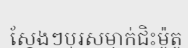
ស្តែងៗបុរសម្នាក់ជិះម៉ូតូ